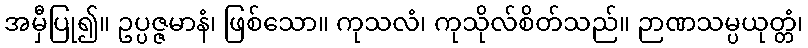
အမှီပြု၍။ ဥပ္ပဇ္ဇမာနံ၊ ဖြစ်သော။ ကုသလံ၊ ကုသိုလ်စိတ်သည်။ ဉာဏသမ္ပယုတ္တံ၊